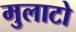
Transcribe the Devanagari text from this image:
मुलाटो